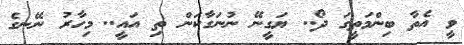
ވީ އެތާ ބިންމަތީގަ ދޯ.. ޔަގީނޭ ނުނަގާކަން ތި އައީ.. މިހާރު ނޭނގެ